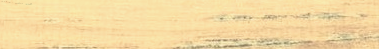
نحن نضمن جودة منتجاتنا وخ